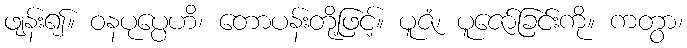
ဖျန်း၍။ ဝနပုပ္ပေဟိ၊ တောပန်းတို့ဖြင့်။ ပူဇံ၊ ပူဇော်ခြင်းကို။ ကတွာ၊